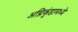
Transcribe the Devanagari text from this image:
अग्निकुंडामध्ये